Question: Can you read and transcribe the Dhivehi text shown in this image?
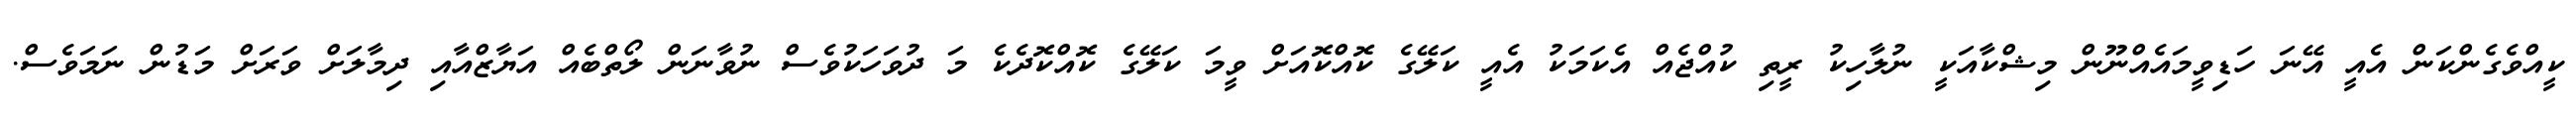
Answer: ކީއްވެގެންކަން އެއީ އޭނަ ހަޑިވީމައެއްނޫން މިޝްކާއަކީ ނުލާހިކު ރީތި ކުއްޖެއް އެކަމަކު އެއީ ކަލޭގެ ކޮއްކޮއަށް ވީމަ ކަލޭގެ ކޮއްކޮދެކެ މަ ދުވަހަކުވެސް ނުވާނަން ލޯތްބެއް އަޔާޒްއާއި ދިމާލަށް ވަރަށް މަޑުން ނަމަވެސް.